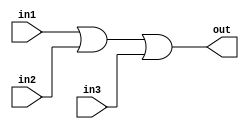
`timescale 1ns / 1ps
//////////////////////////////////////////////////////////////////////////////////
// Company: 
// Engineer: 
// 
// Design Name: 
// Module Name: OR_D_3
// Project Name: 
// Target Devices: 
// Tool Versions: 
// Description: 
// 
// Dependencies: 
// 
// Revision:
// Revision 0.01 - File Created
// Additional Comments:
// 
//////////////////////////////////////////////////////////////////////////////////

`define	D		1	// definition of the delay

// Delayed OR gate

module OR_D_3(out, in1, in2, in3);

input in1, in2, in3;
output out;

or		#`D		or1 (out, in1, in2, in3);


endmodule